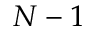
N - 1